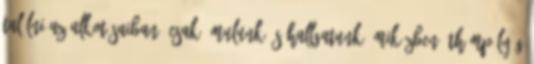
találni az alkotásaiban, csak ámulunk és hallgatunk, miközben áthömpölyög